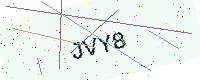
Text: JVY8